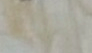
اليانكي